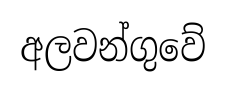
අලවන්ගුවේ